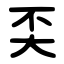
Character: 奀